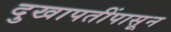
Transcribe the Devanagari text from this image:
दुखापतींपासून